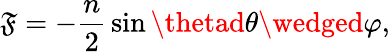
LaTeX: \mathfrak{F}=-{\frac{{n}}{{2}}}\sin\thetad\theta\wedged\varphi,